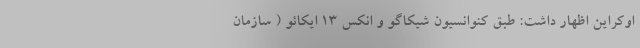
اوکراین اظهار داشت: طبق کنوانسیون شیکاگو و انکس ۱۳ ایکائو ( سازمان